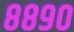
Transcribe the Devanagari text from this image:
८८९०